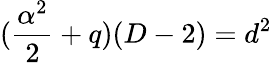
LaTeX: (\frac{\alpha^{2}}{2}+q)(D-2)=d^{2}